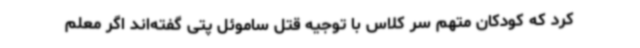
کرد که کودکان متهم سر کلاس با توجیه قتل ساموئل پتی گفته‌اند اگر معلم